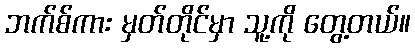
ဘက်စ်ကား မှတ်တိုင်မှာ သူ့ကို တွေ့တယ်။